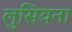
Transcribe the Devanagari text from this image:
लुसियना